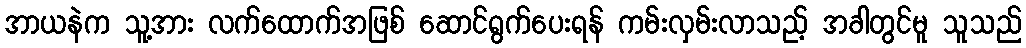
အာယနဲက သူ့အား လက်ထောက်အဖြစ် ဆောင်ရွက်ပေးရန် ကမ်းလှမ်းလာသည့် အခါတွင်မူ သူသည်